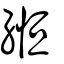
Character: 緪